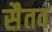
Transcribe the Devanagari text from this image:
सैतव